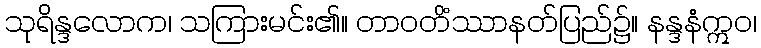
သုရိန္ဒလောက၊ သကြားမင်း၏။ တာဝတိံဿာနတ်ပြည်၌။ နန္ဒနံဣဝ၊